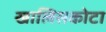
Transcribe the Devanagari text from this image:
खालिसकोटा